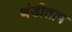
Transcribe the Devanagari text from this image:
थंडीताप